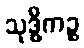
သုဒ္ဓိကဉ္စ